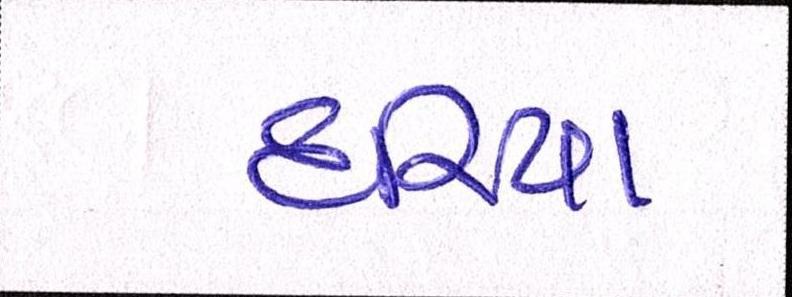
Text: દરિયા